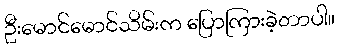
ဦးမောင်မောင်သိမ်းက ပြောကြားခဲ့တာပါ။